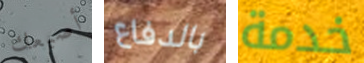
أصبعك بالدفاع خدمة